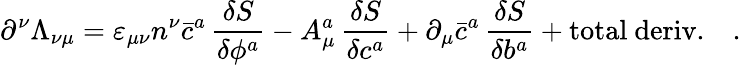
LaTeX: \partial^{\nu}\Lambda_{\nu\mu}=\varepsilon_{\mu\nu}n^{\nu}\bar{c}^{a}\, \frac{\delta S}{\delta\phi^{a}}-A_{\mu}^{a}\, \frac{\delta S}{\delta c^{a}}+\partial_{\mu}\bar{c}^{a}\, \frac{\delta S}{\delta b^{a}}+\mathrm{total~deriv.}\quad.